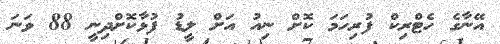
އޭނާގެ ހެޓްރިކް ފުރިހަމަ ކޮށް ނިއު އަށް ލީޑު ފުޅާކޮށްދިނީ 88 ވަނަ